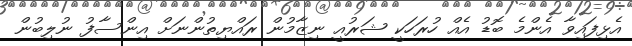
އެޅިފައިވާ އެންމެ ބޮޑު އެއް ހުރަހަކީ ޝަރުއީ ނިޒާމުން ރައްޔިތުންނަށް އިންސާފު ނުލިބުން